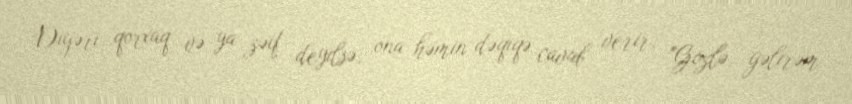
Digəri qorxaq və ya zəif deyilsə, ona həmin dəqiqə cavab verir, "Gözlə, gəlirəm